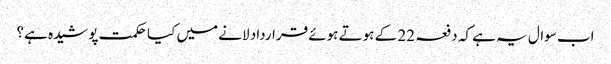
اب سوال یہ ہے کہ دفعہ 22 کے ہوتے ہوئے قرارداد لانے میں کیا حکمت پوشیدہ ہے؟